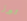
تبرز